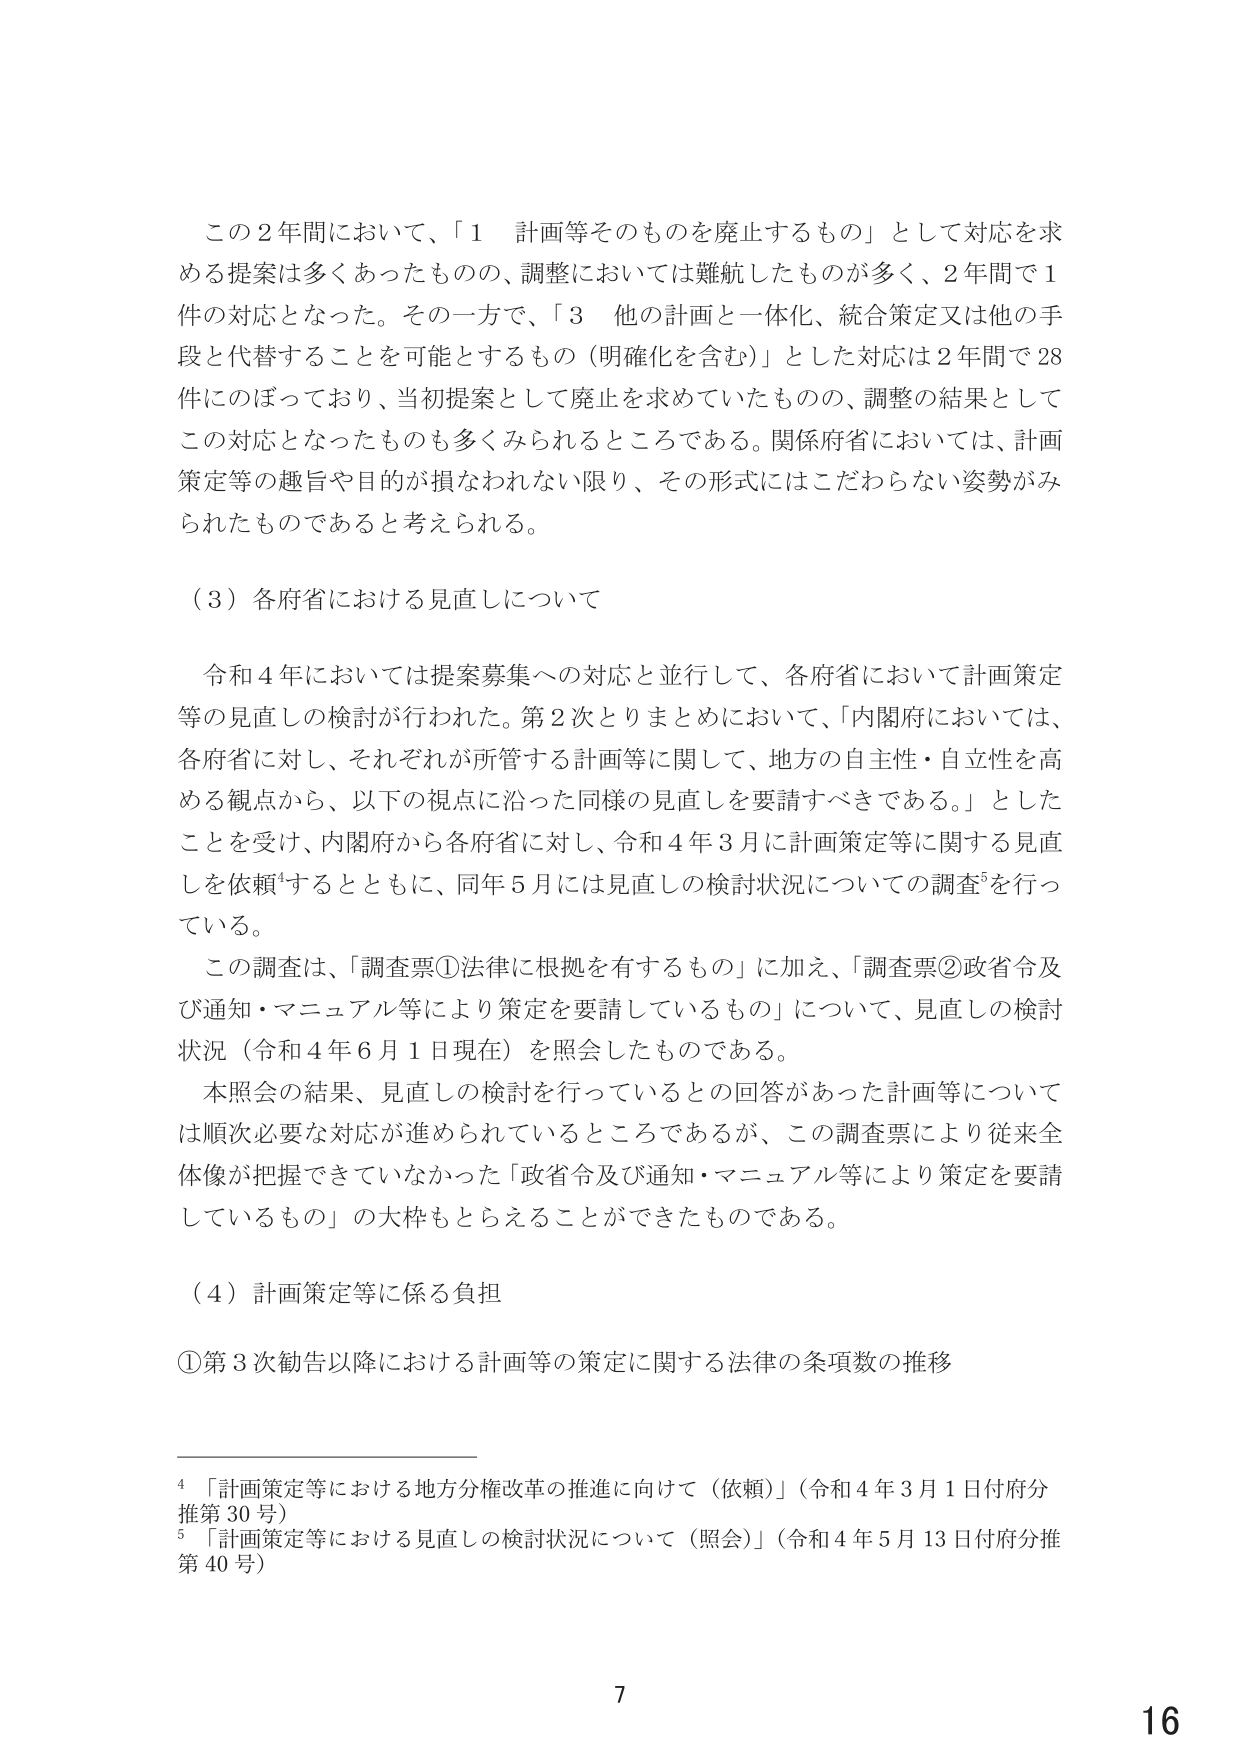
この２年間において、「１ 計画等そのものを廃止するもの」として対応を求める提案は多くあったものの、調整においては難航したものが多く、２年間で１件の対応となった。その一方で、「３ 他の計画と一体化、統合策定又は他の手段と代替することを可能とするもの（明確化を含む）」とした対応は２年間で28件にのぼっており、当初提案として廃止を求めていたものの、調整の結果としてこの対応となったものも多くみられるところである。関係府省においては、計画策定等の趣旨や目的が損なわれない限り、その形式にはこだわらない姿勢がみられたものであると考えられる。

（３）各府省における見直しについて

令和４年においては提案募集への対応と並行して、各府省において計画策定等の見直しの検討が行われた。第２次とりまとめにおいて、「内閣府においては、各府省に対し、それぞれが所管する計画等に関して、地方の自主性・自立性を高める観点から、以下の視点に沿った同様の見直しを要請すべきである。」としたことを受け、内閣府から各府省に対し、令和４年３月に計画策定等に関する見直しを依頼⁴するとともに、同年５月には見直しの検討状況についての調査⁵を行っている。

この調査は、「調査票①法律に根拠を有するもの」に加え、「調査票②政省令及び通知・マニュアル等により策定を要請しているもの」について、見直しの検討状況（令和４年６月１日現在）を照会したものである。

本照会の結果、見直しの検討を行っているとの回答があった計画等については順次必要な対応が進められているところであるが、この調査票により従来全体像が把握できていなかった「政省令及び通知・マニュアル等により策定を要請しているもの」の大枠もとらえることができたものである。

（４）計画策定等に係る負担

①第３次勧告以降における計画等の策定に関する法律の条項数の推移

⁴「計画策定等における地方分権改革の推進に向けて（依頼）」（令和４年３月１日付府分推第30号）
⁵「計画策定等における見直しの検討状況について（照会）」（令和４年５月13日付府分推第40号）

7
16